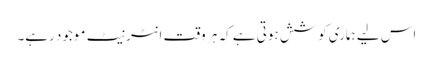
اس لیے ہماری کوشش ہوتی ہے کہ ہر وقت انٹرنیٹ موجود رہے۔